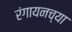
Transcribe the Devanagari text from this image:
रंगायनच्या